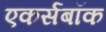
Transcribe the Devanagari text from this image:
एकर्सबॉक